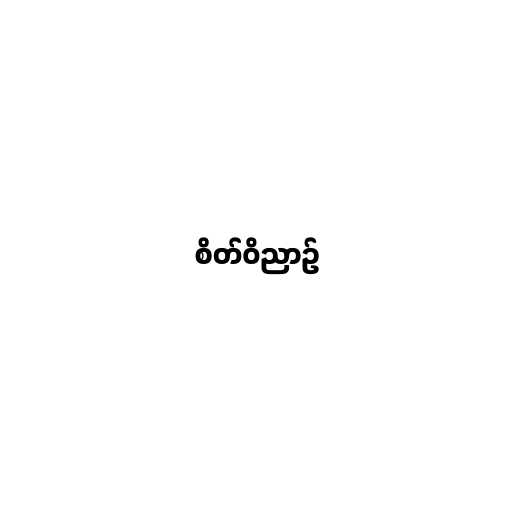
စိတ်ဝိညာဉ်